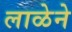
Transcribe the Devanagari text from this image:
लाळेने